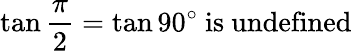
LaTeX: \tan{\frac{\pi}{2}}=\tan 90^{\circ}{\mathrm{~is~undefined}}